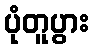
ပုံတူပွား